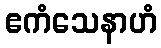
ဧကံသေနာဟံ